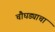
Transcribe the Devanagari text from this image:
चौघड्याचा